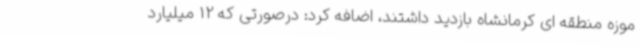
موزه منطقه ای کرمانشاه بازدید داشتند، اضافه کرد: درصورتی که 12 میلیارد